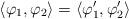
LaTeX: \begin{align*} \langle \varphi_1, \varphi_2 \rangle = \langle \varphi_1', \varphi_2' \rangle\end{align*}